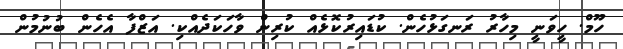
ހޫމް. ހީވަނީ މިހާރު ރަނގަޅުހެން. ކުޑައިރުކޮޅެއް ކުރިން ވާހަކަދެއްކި. އަޒްފާ އެހެން ބުނުމުން